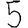
Digit: 5